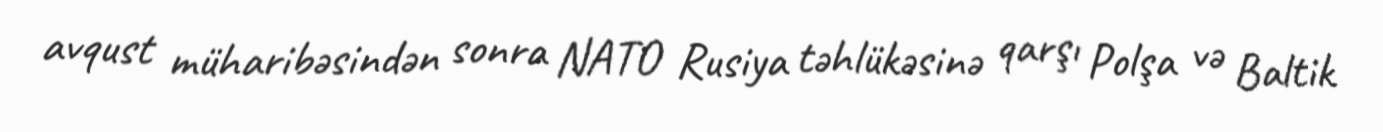
avqust müharibəsindən sonra NATO Rusiya təhlükəsinə qarşı Polşa və Baltik